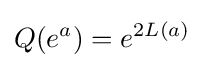
\displaystyle {Q(e^{a})=e^{2L(a)}}